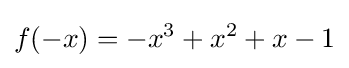
f(-x)=-x^{3}+x^{2}+x-1